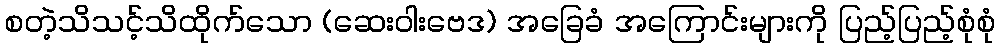
စတဲ့သိသင့်သိထိုက်သော (ဆေးဝါးဗေဒ) အခြေခံ အကြောင်းများကို ပြည့်ပြည့်စုံစုံ